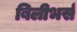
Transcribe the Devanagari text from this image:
बिलीभर्स